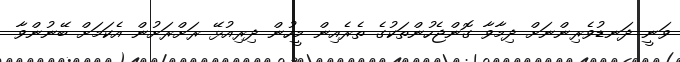
ވަނީ ދަނޑުވެރިންނަށް ދިމާވާ ގޮންޖެހުންތަކުގެ ތެރެއިން މީހުން ދިރިއުޅޭ ރަށްރަށުން އެކަމަށް ބޭނުންވާ